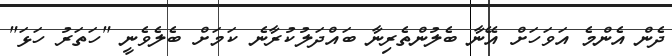
ދެން އެންމެ އަވަހަށް އޭނާ ބެލުންތެރިނާ ބައްދަލުކުރާނެ ކަމަށް ބެލެވެނީ "ހަތަރު ހަޅަ"